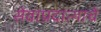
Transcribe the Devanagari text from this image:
सेवाप्रदात्याचे